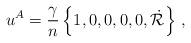
LaTeX: \begin{align*}u^A = {\gamma \over n} \left\{ 1,0,0,0,0,\dot{\cal R}\right\}\, ,\end{align*}